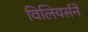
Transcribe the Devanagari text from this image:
विलियर्सने